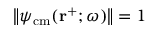
\left\| \psi _ { \mathrm { c m } } ( \mathbf { r } ^ { + } ; \omega ) \right\| = 1